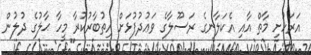
އަރަހުށި މާތް އާއި އެކަލާނގެ ރަސޫލާގެ ވަޢުދުފުޅަށް އިތުބާރުކުރާ މީހާ ޙާލުގެ ދުލުން